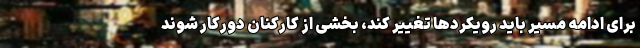
برای ادامه مسیر باید رویکردها تغییر کند، بخشی از کارکنان دورکار شوند